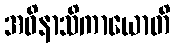
အဝိနာသိကာယောတိ